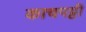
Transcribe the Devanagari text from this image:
काचपट्टी